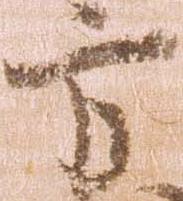
方